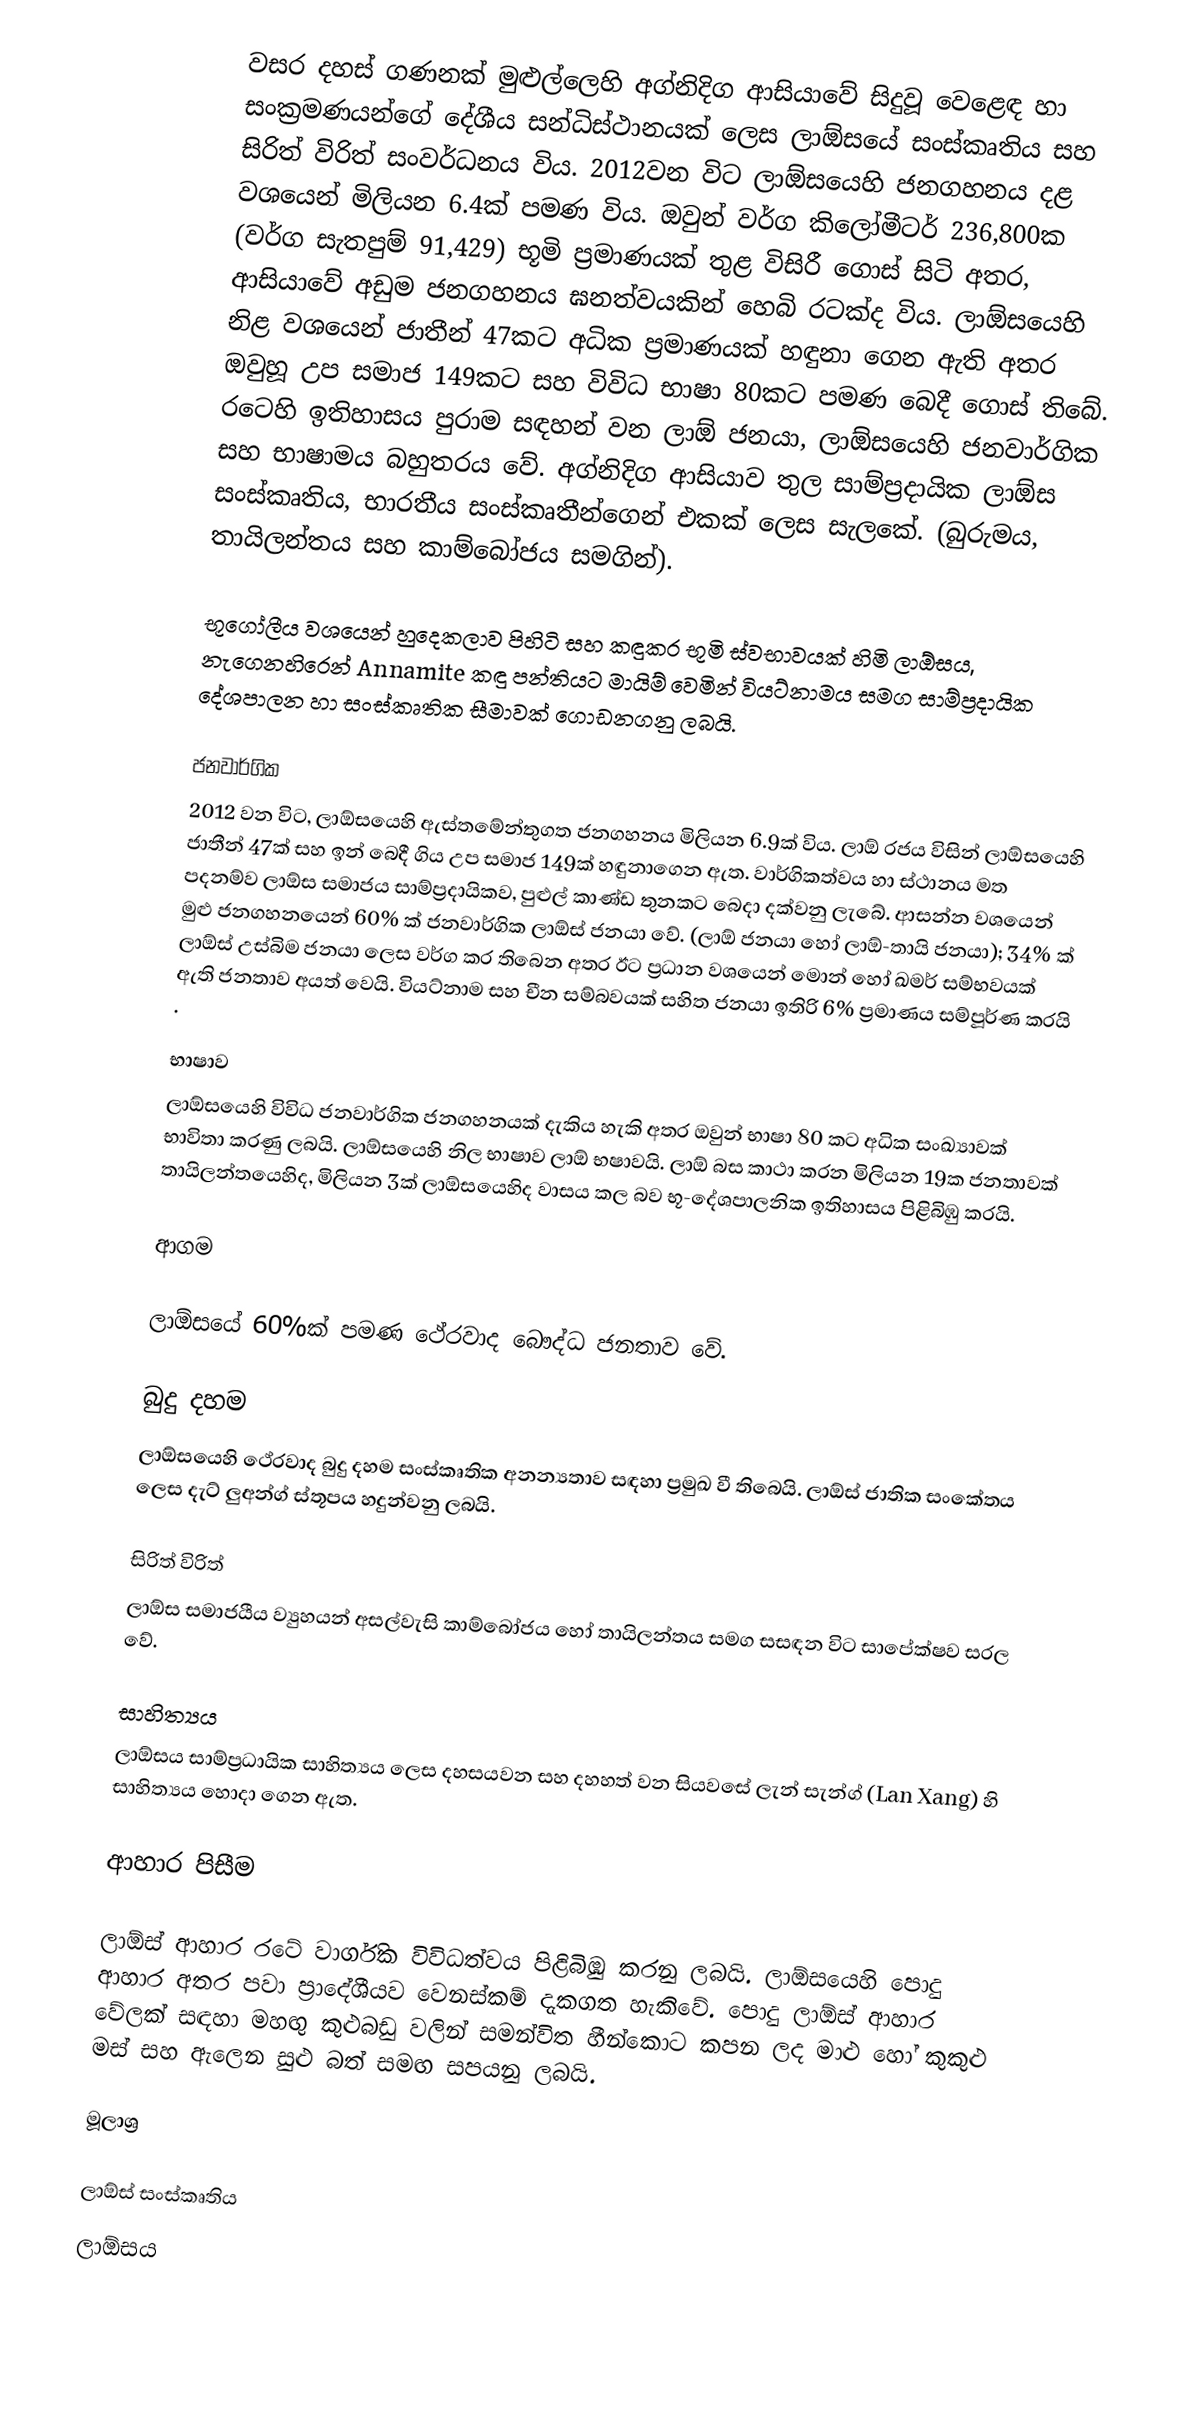
වසර දහස් ගණනක් මුළුල්ලෙහි අග්නිදිග ආසියාවේ සිදුවූ වෙළෙඳ හා සංක්‍රමණයන්ගේ දේශීය සන්ධිස්ථානයක් ලෙස ලාඕසයේ සංස්කෘතිය සහ සිරිත් විරිත් සංවර්ධනය විය. 2012වන විට ලාඕසයෙහි ජනගහනය දළ වශයෙන් මිලියන 6.4ක් පමණ විය. ඔවුන් වර්ග කිලෝමීටර් 236,800ක (වර්ග සැතපුම් 91,429) භූමි ප්‍රමාණයක් තුළ විසිරී ගොස් සිටි අතර, ආසියාවේ අඩුම ජනගහනය ඝනත්වයකින් හෙබි රටක්ද විය. ලාඕසයෙහි නිළ වශයෙන් ජාතීන් 47කට අධික ප්‍රමාණයක් හඳුනා ගෙන ඇති අතර ඔවුහූ උප සමාජ 149කට සහ විවිධ භාෂා 80කට පමණ බෙදී ගොස් තිබේ. රටෙහි ඉතිහාසය පුරාම සඳහන් වන ලාඕ ජනයා, ලාඕසයෙහි ජනවාර්ගික සහ භාෂාමය බහුතරය වේ. අග්නිදිග ආසියාව තුල සාම්ප්‍රදායික ලාඕස සංස්කෘතිය, භාරතීය සංස්කෘතීන්ගෙන් එකක් ලෙස සැලකේ. (බුරුමය, තායිලන්තය සහ කාම්බෝජය සමගින්).

භූගෝලීය වශයෙන් හුදෙකලාව පිහිටි සහ කඳුකර භූමි ස්වභාවයක් හිමි ලාඕසය, නැගෙනහිරෙන් Annamite කඳු පන්තියට මායිම් වෙමින් වියට්නාමය සමග සාම්ප්‍රදායික දේශපාලන හා සංස්කෘතික සීමාවක් ගොඩනගනු ලබයි.

ජනවාර්ගික
2012 වන විට, ලාඕසයෙහි ඇස්තමේන්තුගත ජනගහනය මිලියන 6.9ක් විය. ලාඕ රජය විසින් ලාඕසයෙහි ජාතීන් 47ක් සහ ඉන් බෙදී ගිය උප සමාජ 149ක් හඳුනාගෙන ඇත. වාර්ගිකත්වය හා ස්ථානය මත පදනම්ව ලාඕස සමාජය සාම්ප්‍රදායිකව, පුළුල් කාණ්ඩ තුනකට බෙදා දක්වනු ලැබේ. ආසන්න වශයෙන් මුළු ජනගහනයෙන් 60% ක් ජනවාර්ගික ලාඕස් ජනයා වේ. (ලාඕ ජනයා හෝ ලාඕ-තායි ජනයා); 34% ක් ලාඕස් උස්බිම ජනයා ලෙස වර්ග කර තිබෙන අතර ඊට ප්‍රධාන වශයෙන් මොන් හෝ ඛමර් සම්භවයක් ඇති ජනතාව අයත් වෙයි. වියට්නාම සහ චීන සම්බවයක් සහිත ජනයා ඉතිරි 6% ප්‍රමාණය සම්පූර්ණ කරයි .

භාෂාව
ලාඕසයෙහි විවිධ ජනවාර්ගික ජනගහනයක් දැකිය හැකි අතර ඔවුන් භාෂා 80 කට අධික සංඛ්‍යාවක් භාවිතා කරණු ලබයි. ලාඕසයෙහි නිල භාෂාව ලාඕ භෂාවයි. ලාඕ බස කාථා කරන මිලියන 19ක ජනතාවක් තායිලන්තයෙහිද, මිලියන 3ක් ලාඕසයෙහිද වාසය කල බව භූ-දේශපාලනික ඉතිහාසය පිළිබිඹු කරයි.

ආගම

ලාඕසයේ 60%ක් පමණ ථේරවාද බෞද්ධ ජනතාව වේ.

බුදු දහම
ලාඕසයෙහි ථේරවාද බුදු දහම සංස්කෘතික අනන්‍යතාව සඳහා ප්‍රමුඛ වී තිබෙයි. ලාඕස් ජාතික සංකේතය ලෙස දැට් ලුඅන්ග් ස්තූපය හදුන්වනු ලබයි.

සිරිත් විරිත්
ලාඕස සමාජයීය ව්‍යුහයන් අසල්වැසි කාම්බෝජය හෝ තායිලන්තය සමග සසඳන විට සාපේක්ෂව සරල වේ.

සාහිත්‍යය
ලාඕසය සාම්ප්‍රධායික සාහිත්‍යය ලෙස දහසයවන සහ දහහත් වන සියවසේ ලැන් සැන්ග් (Lan Xang) හි සාහිත්‍යය හොදා ගෙන ඇත.

ආහාර පිසීම

ලාඕස් ආහාර රටේ වාර්ගික විවිධත්වය පිළිබිඹු කරනු ලබයි. ලාඕසයෙහි පොදු ආහාර අතර පවා ප්‍රාදේශීයව වෙනස්කම් දැකගත හැකිවේ. පොදු ලාඕස් ආහාර වේලක් සඳහා මහඟු කුළුබඩු වලින් සමන්විත හීන්කොට කපන ලද මාළු හෝ කුකුළු මස් සහ ඇලෙන සුළු බත් සමඟ සපයනු ලබයි.

මූලාශ්‍ර

ලාඕස් සංස්කෘතිය
ලාඕසය